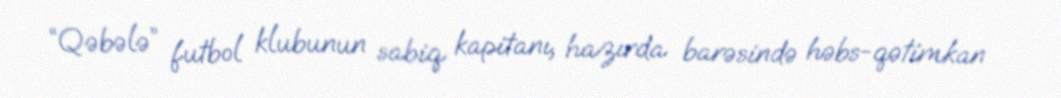
“Qəbələ” futbol klubunun sabiq kapitanı, hazırda barəsində həbs-qətimkan